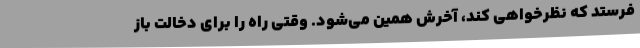
‌فرستد که نظرخواهی کند، آخرش همین می‌شود. وقتی راه را برای دخالت باز